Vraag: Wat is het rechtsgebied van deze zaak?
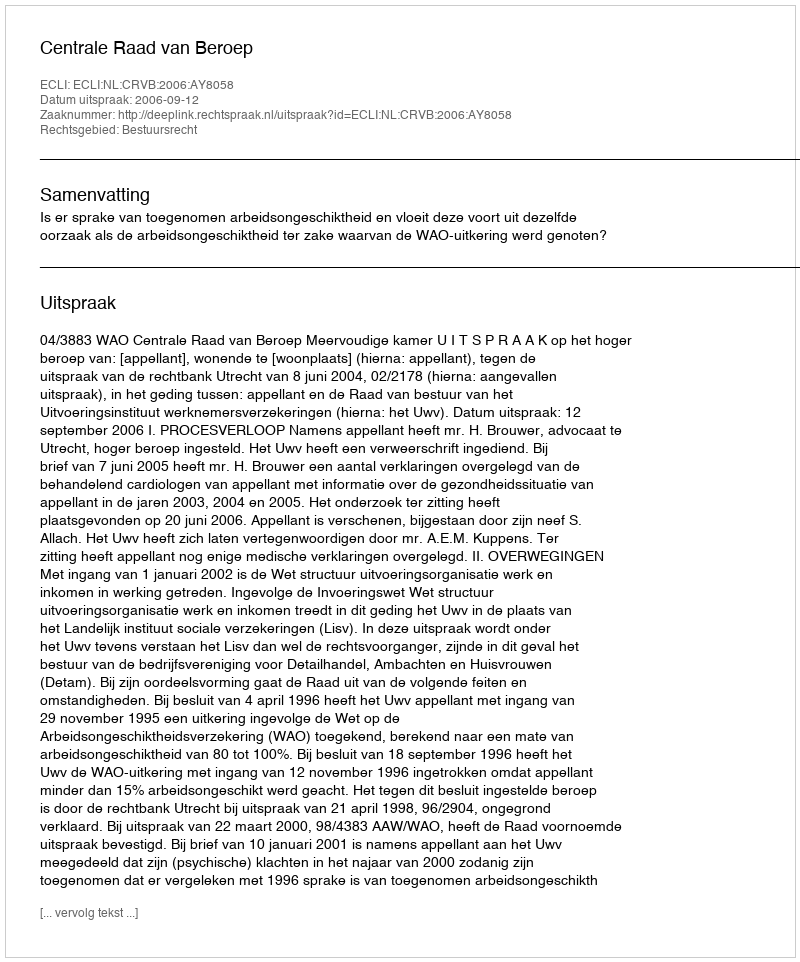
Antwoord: Bestuursrecht